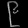
Digit: ၉